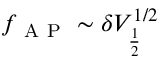
f _ { \mathrm { ~ A ~ P ~ } } \sim \delta V _ { \frac { 1 } { 2 } } ^ { 1 / 2 }